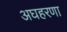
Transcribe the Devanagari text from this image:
अघहरणा